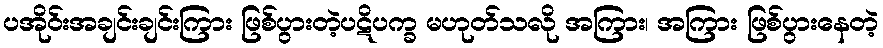
ပအိုဝ်းအချင်းချင်းကြား ဖြစ်ပွားတဲ့ပဋိပက္ခ မဟုတ်သလို အကြား၊ အကြား ဖြစ်ပွားနေတဲ့